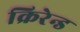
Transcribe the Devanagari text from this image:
क्रिरेन्ड